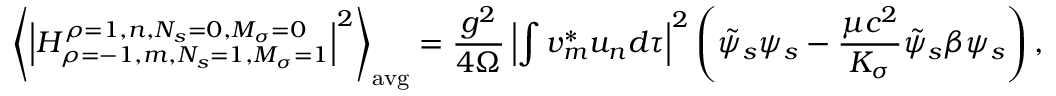
\left\langle \left| H _ { \rho = - 1 , m , N _ { s } = 1 , M _ { \sigma } = 1 } ^ { \rho = 1 , n , N _ { s } = 0 , M _ { \sigma } = 0 } \right| ^ { 2 } \right\rangle _ { \mathrm { a v g } } = { \frac { g ^ { 2 } } { 4 \Omega } } \left| \int v _ { m } ^ { * } u _ { n } d \tau \right| ^ { 2 } \left( { \tilde { \psi } } _ { s } \psi _ { s } - { \frac { \mu c ^ { 2 } } { K _ { \sigma } } } { \tilde { \psi } } _ { s } \beta \psi _ { s } \right) ,